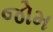
જોમ